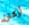
أركان